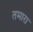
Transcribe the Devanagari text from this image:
तमारा